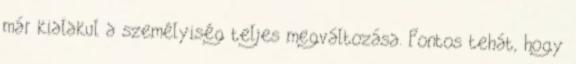
már kialakul a személyiség teljes megváltozása. Fontos tehát, hogy